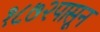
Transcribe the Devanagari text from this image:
१८७२पासून